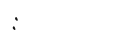
: